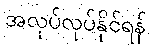
အလုပ်လုပ်နိုင်ရန်